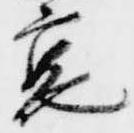
裏